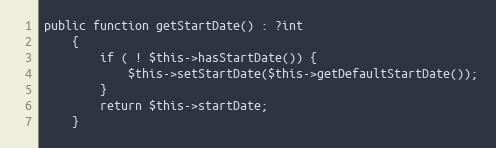
Language: PHP
public function getStartDate() : ?int
    {
        if ( ! $this->hasStartDate()) {
            $this->setStartDate($this->getDefaultStartDate());
        }
        return $this->startDate;
    }